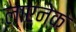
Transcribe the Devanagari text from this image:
लाएनेक